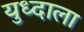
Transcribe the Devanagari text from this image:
युध्दाला